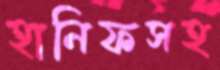
হানিফসহ